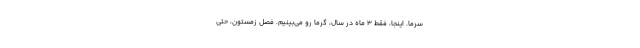
سرما. اينجا، فقط 3 ماه در سال، گرما رو مي‌بينيم. فصل زمستون، حتي